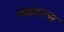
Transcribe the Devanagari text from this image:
वाइटल्स